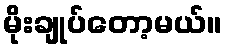
မိုးချုပ်တော့မယ်။